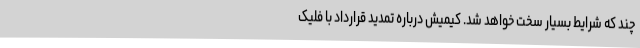
چند که شرایط بسیار سخت خواهد شد. کیمیش درباره تمدید قرارداد با فلیک